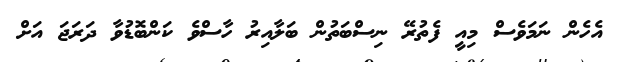
އެހެން ނަމަވެސް މިއީ ފެތުރޭ ނިސްބަތުން ބަލާއިރު ހާސްވެ ކަންބޮޑުވާ ދަރަޖަަ އަށް